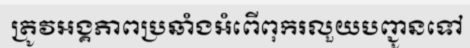
ត្រូវអង្គភាពប្រឆាំងអំពើពុករលួយបញ្ជូនទៅ